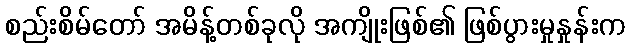
စည်းစိမ်တော် အမိန့်တစ်ခုလို အကျိုးဖြစ်၏ ဖြစ်ပွားမှုနှုန်းက